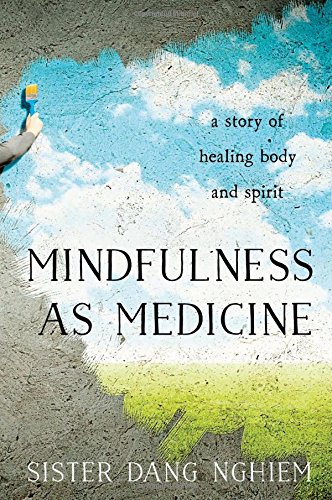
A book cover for Mindfulness as Medicine: A Story of Healing Body and Spirit; Sister Dang Nghiem; Health, Fitness & Dieting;